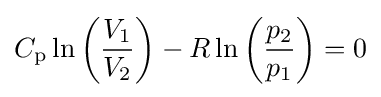
C_{\text{p}}\ln \left({\frac {V_{1}}{V_{2}}}\right)-R\ln \left({\frac {p_{2}}{p_{1}}}\right)=0